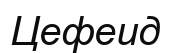
Цефеид